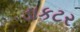
ડાકટર